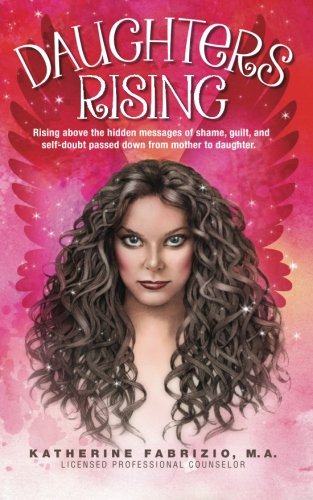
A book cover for Daughters Rising: What has gone wrong with mother-daughter relationships and how to FIX it.; Katherine K Fabrizio; Parenting & Relationships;